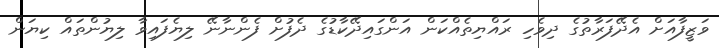
ވަޒީފާއަށް އެދޭފަރާތުގެ ދިވެހި ރައްޔިތެއްކަން އަންގައިދޭކާޑުގެ ދެފުށް ފެންނާނޭ ލިޔެފައިވާ ލިޔުންތައް ކިޔަން